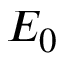
E _ { 0 }